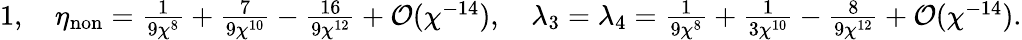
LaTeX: \textstyle 1,\quad\eta_{\mathrm{non}}=\frac{1}{9\chi^{8}}+\frac{7}{9\chi^{10}}-\frac{16}{9\chi^{12}}+\mathcal{O}(\chi^{-14}),\quad\lambda_{3}=\lambda_{4}=\frac{1}{9\chi^{8}}+\frac{1}{3\chi^{10}}-\frac{8}{9\chi^{12}}+\mathcal{O}(\chi^{-14}).